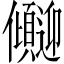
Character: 𫤏